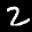
Label: 2